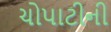
ચોપાટીની